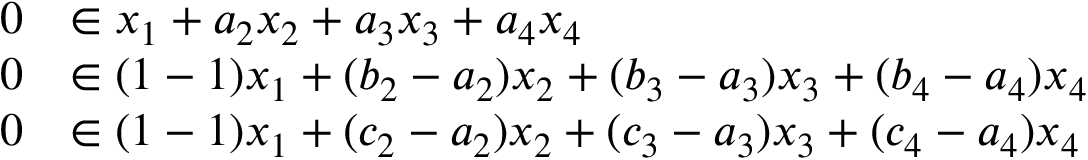
\begin{array} { r l } { 0 } & { \in x _ { 1 } + a _ { 2 } x _ { 2 } + a _ { 3 } x _ { 3 } + a _ { 4 } x _ { 4 } } \\ { 0 } & { \in ( 1 - 1 ) x _ { 1 } + ( b _ { 2 } - a _ { 2 } ) x _ { 2 } + ( b _ { 3 } - a _ { 3 } ) x _ { 3 } + ( b _ { 4 } - a _ { 4 } ) x _ { 4 } } \\ { 0 } & { \in ( 1 - 1 ) x _ { 1 } + ( c _ { 2 } - a _ { 2 } ) x _ { 2 } + ( c _ { 3 } - a _ { 3 } ) x _ { 3 } + ( c _ { 4 } - a _ { 4 } ) x _ { 4 } } \end{array}